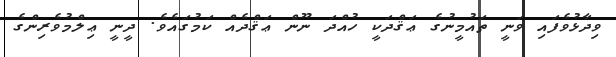
ވިދާޅުވެފައި ވަނީ ތައުމީނުގެ ޢަޤްދަކީ ހުއްދަ ނޫން ޢަޤްދެއް ކަމުގައެވެ. ދީނީ ޢިލްމުވެރިންގެ